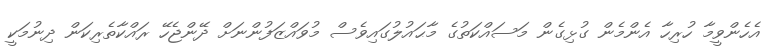
އެހެންވީމާ ހުރިހާ އެންމެން ގުޅިގެން މަސައްކަތުގެ މާޙައުލުގައިވެސް މުވައްޒަފުންނަށް ދޭންޖެހޭ ރައްކާތެރިކަން ދިނުމަކީ